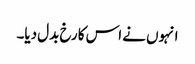
انہوں نے اس کا رخ بدل دیا۔